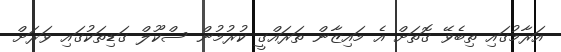
އަރާމުގައި ތިބެވޭ ގޮތަށް އެ މައިޒާން ތަރައްގީ ކުރުމުން ސްކޫލް ގަޑިތަކުގައި ވަރަށް